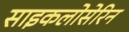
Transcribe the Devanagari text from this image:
साइकलोसेरिन